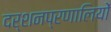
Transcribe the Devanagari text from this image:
दर्शनप्रणालियों